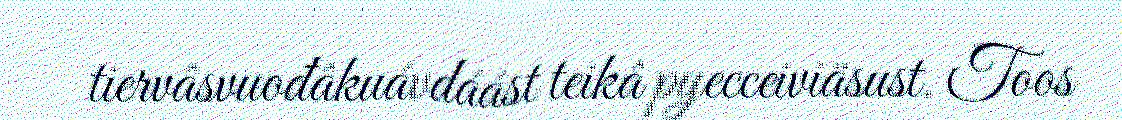
tiervâsvuođâkuávdáást teikâ pyecceiviäsust. Toos